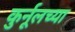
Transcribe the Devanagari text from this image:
कुर्नूलच्या